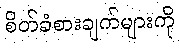
စိတ်ခံစားချက်များကို